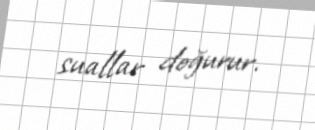
suallar doğurur.